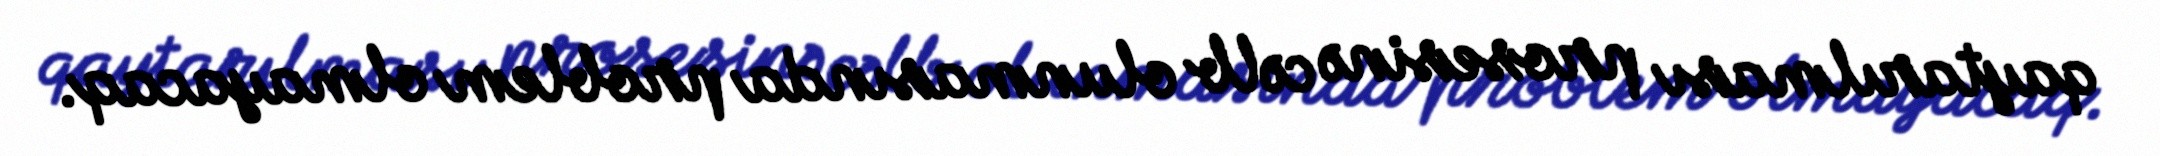
qaytarılması prosesinə cəlb olunmasında problem olmayacaq.